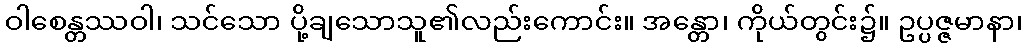
ဝါစေန္တဿဝါ၊ သင်သော ပို့ချသောသူ၏လည်းကောင်း။ အန္တော၊ ကိုယ်တွင်း၌။ ဥပ္ပဇ္ဇမာနာ၊